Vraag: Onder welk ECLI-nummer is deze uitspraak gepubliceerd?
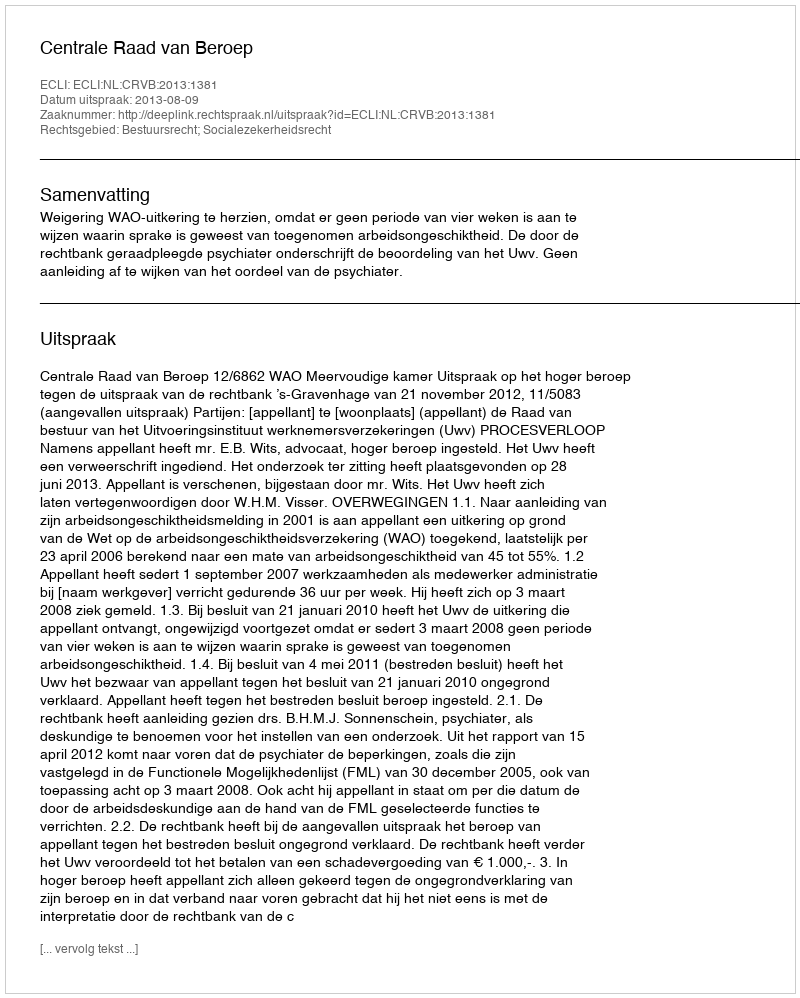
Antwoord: ECLI:NL:CRVB:2013:1381